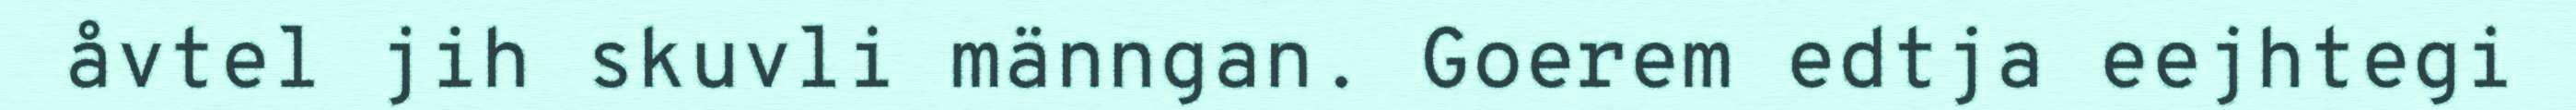
åvtel jih skuvli männgan. Goerem edtja eejhtegi